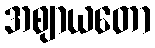
အဈာယတော